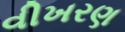
વીખરણ